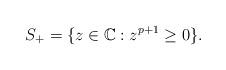
LaTeX: \begin{align*}S_{+}=\{z\in\mathbb{C}: z^{p+1}\geq 0\}.\end{align*}